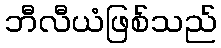
ဘီလီယံဖြစ်သည်